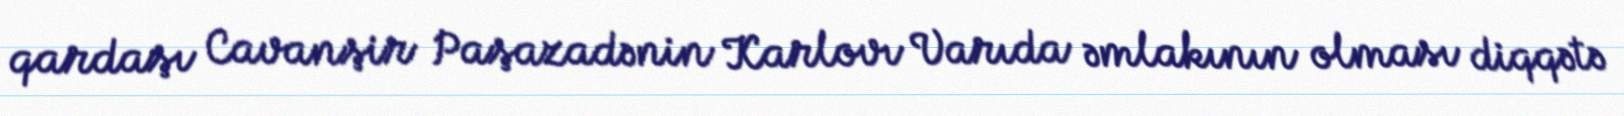
qardaşı Cavanşir Paşazadənin Karlovı Varıda əmlakının olması diqqətə